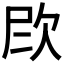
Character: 𪴫